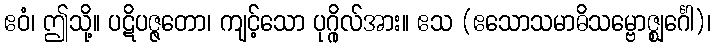
ဧဝံ၊ ဤသို့။ ပဋိပဇ္ဇတော၊ ကျင့်သော ပုဂ္ဂိုလ်အား။ ဧသ (ဧသောသမာဓိသမ္ဗောဇ္ဈင်္ဂေါ)၊